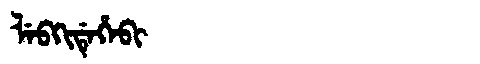
Manchu: ᠯᡝᠪᡴᡳᡩᡝᡥᡝᠪᡳ
Romanization: LEBKIDEHEBI